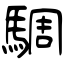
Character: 騆